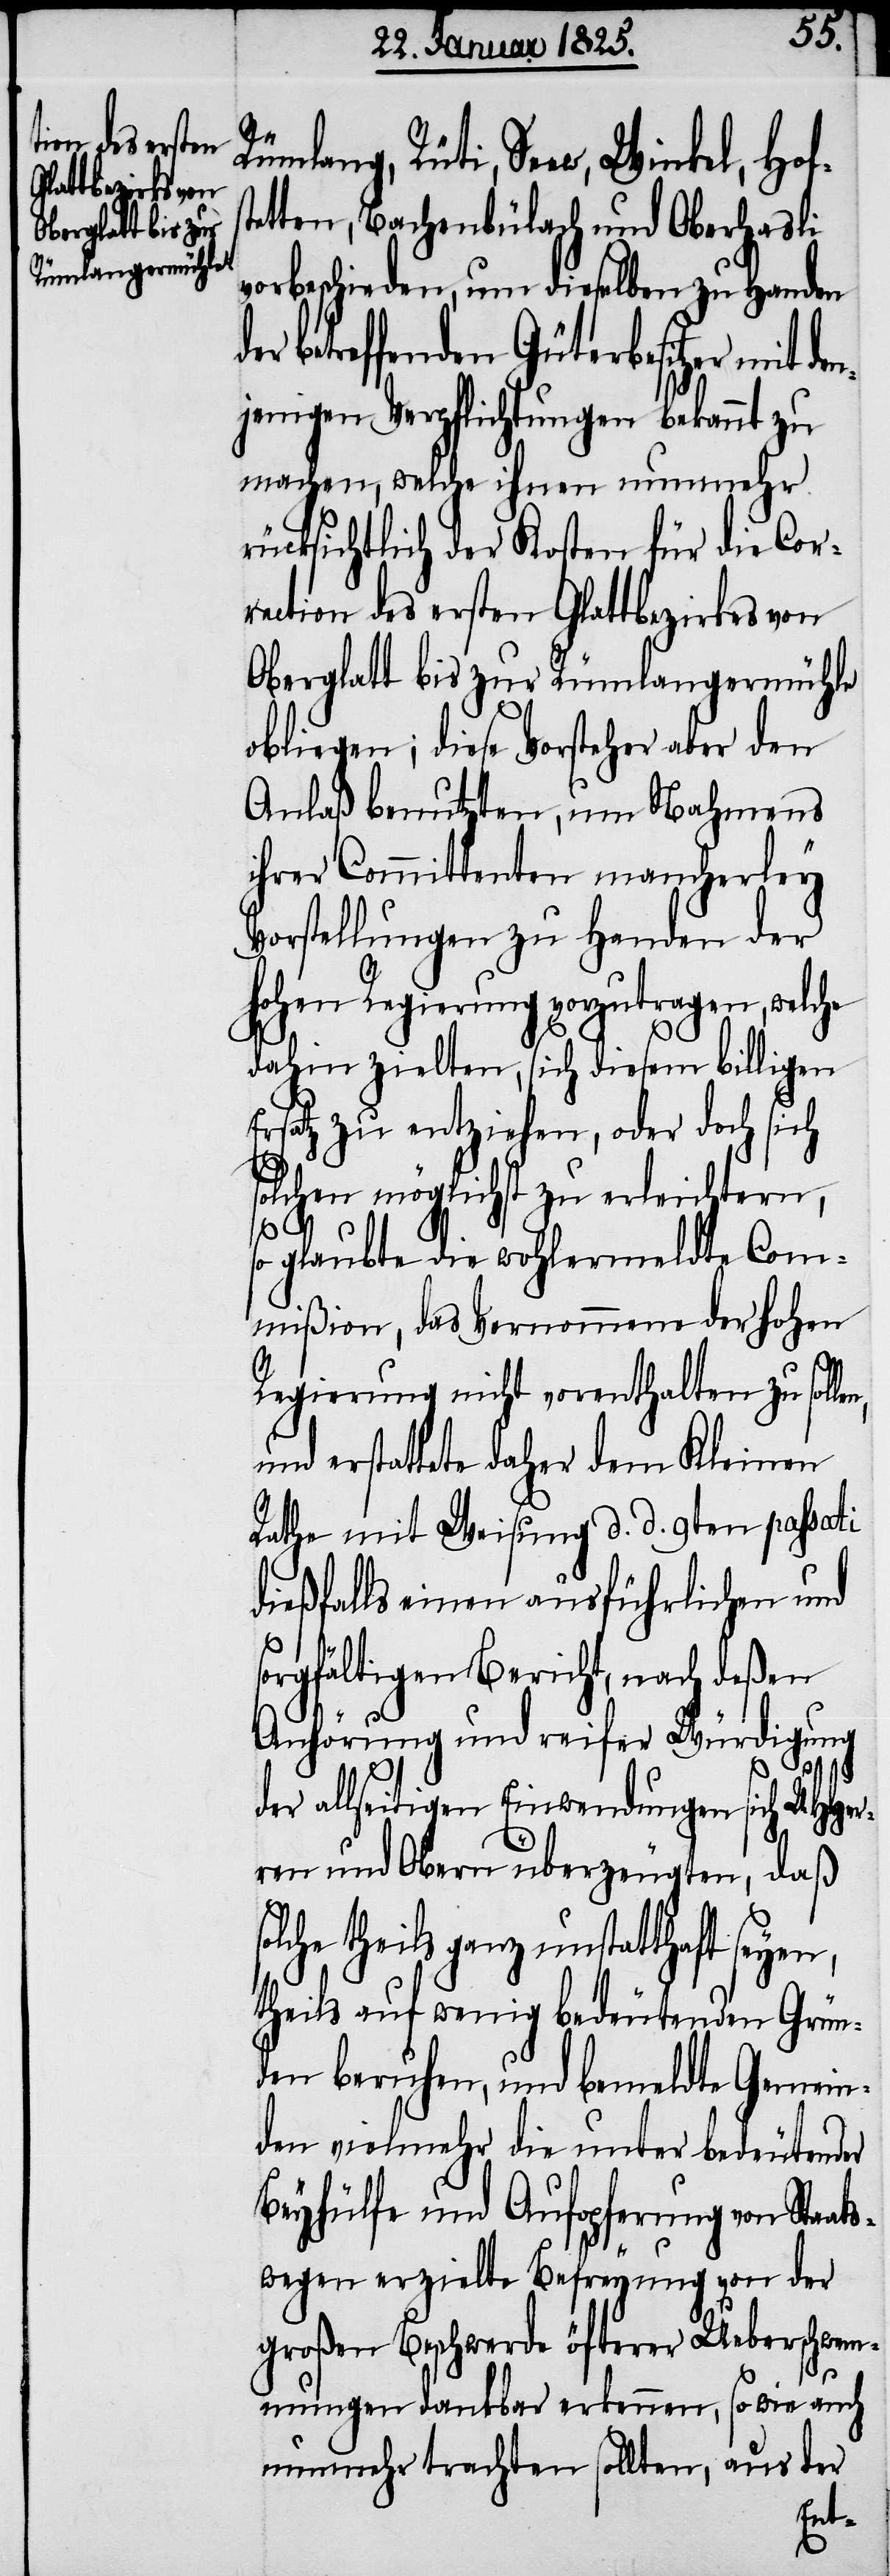
Rümlang, Rüti, Seew, Winkel, Hof¬
tetten, Bachenbülach und Oberhasli
vorbeschieden, um dieselben zu Handen
betreffenden Güterbesitzer mit de¬
njenigen Verpflichtungen bekannt zu
machen, welche ihnen nunmehr
rücksichtlich der Kosten für die Cor¬
rection des ersten Glattbezirkes von
Oberglatt bis zur Rümlangermühle
obliegen; diese Vorsteher aber den
Anlaß benutzten, um Nahmens
ihrer Committenten mancherley
Vorstellungen zu Handen der
hohen Regierung vorzutragen, welche
en,
dahin zielten, sich diesem billigen
Ersatz zu entziehen, oder doch sich
solchen möglichst zu erleichtern,
s¬
so glaubte die wohlermeldte Com¬
mißion, das Vernommene der hohen
Regierung nicht vorenthalten zu soll¬
und erstattete daher dem Kleinen
Rathe mit Weisung d. d. 9ten passati
dießfalls einen ausführlichen und
sorgfältigen Bericht, nach deßen
Anhörung und reifer Würdigung
der allseitigen Einwendungen sich UHHer¬
ren und Obern überzeugten, daß
theils ganz unstatthaft seyen,
theils auf wenig bedeutenden Grün¬
den beruhen, und bemeldte Gemein¬
den vielmehr die unter bedeutender
Beyhülfe und Aufopferung von Staat¬
swegen erzielte Befreyung von der
großen Beschwerde öfterer Ueberschwem¬
mungen dankbar erkennen, sowie auch
nunmehr trachten sollten, aus der